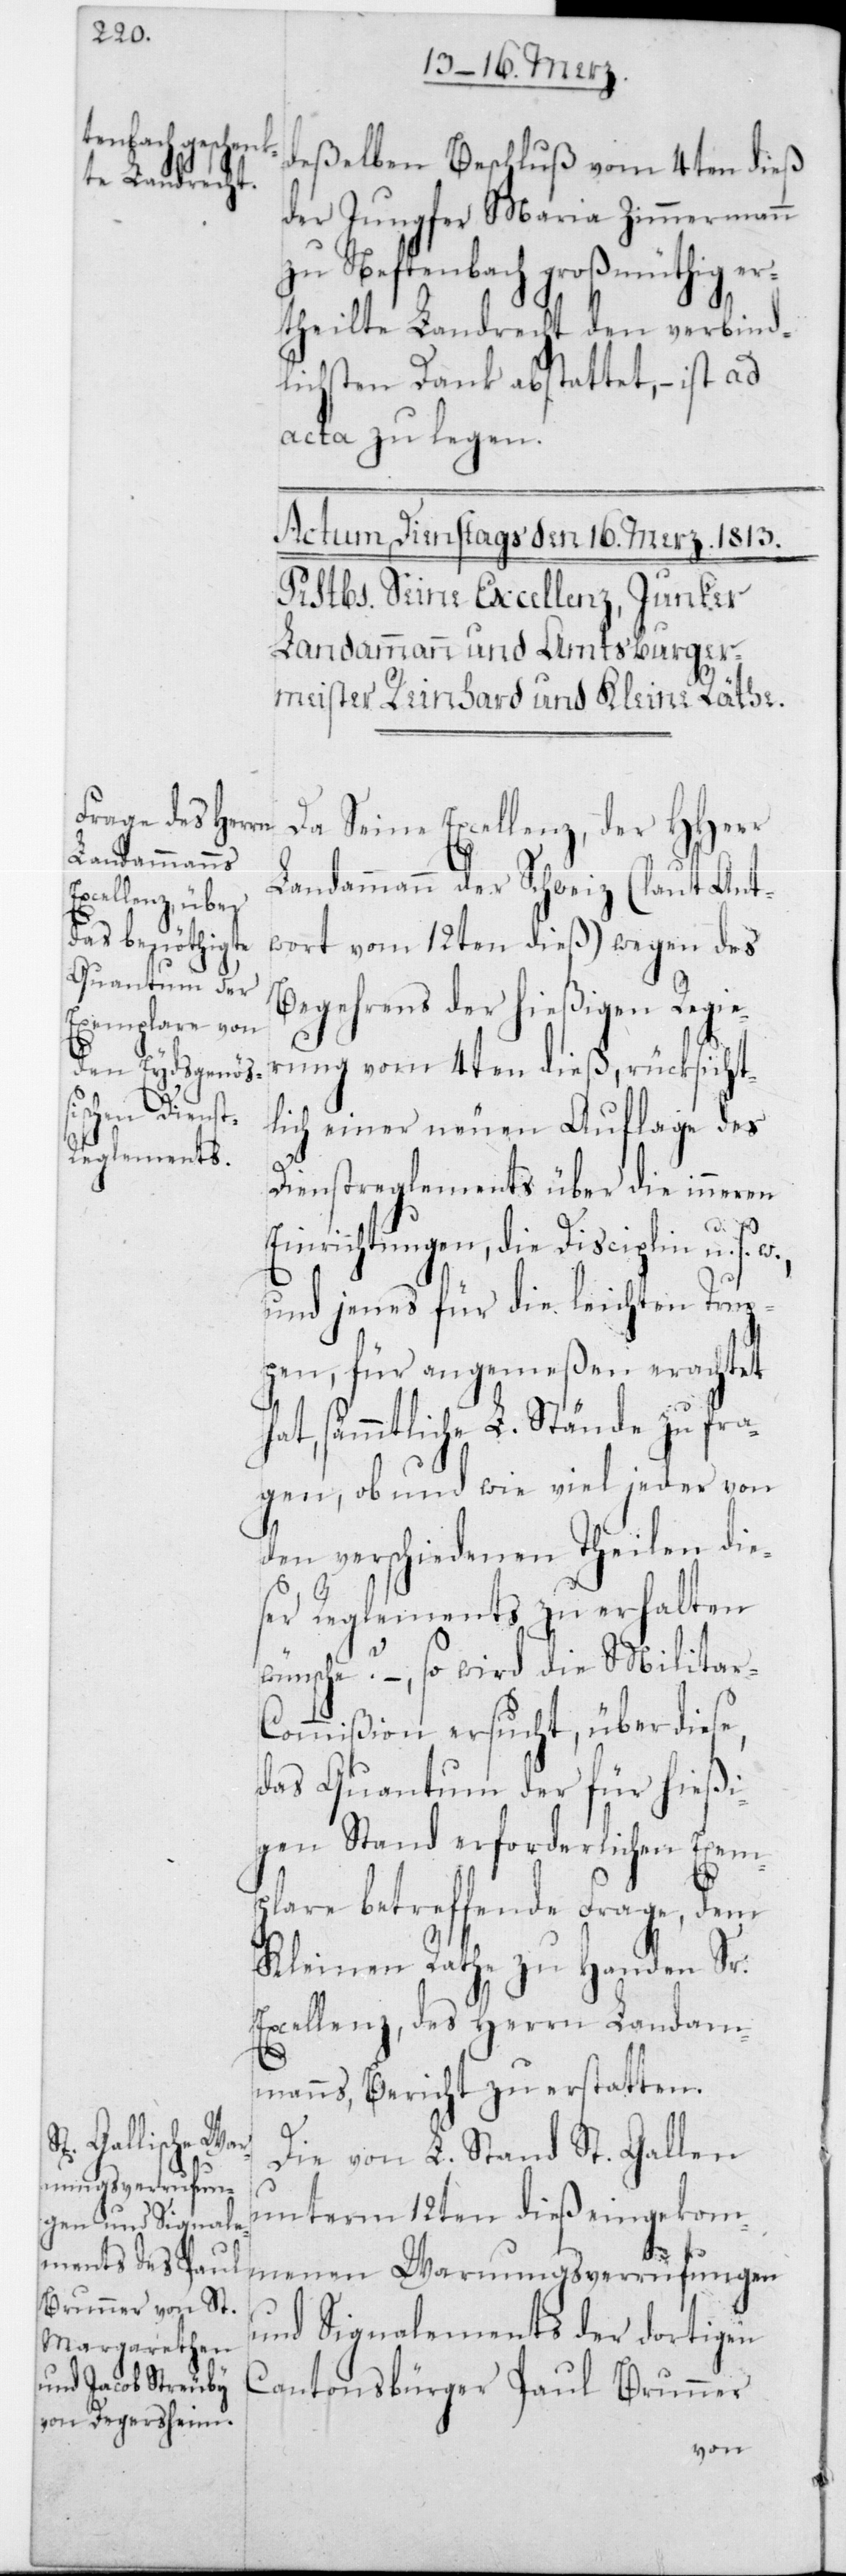
deßelben Beschluß vom 4ten dieß
der Jungfer Maria Zimmermann
zu Neftenbach großmüthig er¬
theilte Landrecht den verbind¬
lichsten Dank abstattet, – ist ad
acta zu legen.
Da Seine Excellenz, der HHerr
Landammann der Schweiz (laut Ant¬
wort vom 12ten dieß) wegen des
Begehrens der hießigen Regie¬
rung vom 4ten dieß, rücksicht¬
lich einer neuen Auflage des
Dienstreglements über die inneren
Einrichtungen, die Disciplin u. s. w.,
und jenes für die leichten Trup¬
pen, für angemeßen erachtet
hat, sämmtliche L. Stände zu fra¬
gen, ob und wie viel jeder von
den verschiedenen Theilen die¬
ser Reglements zu erhalten
wünsche? – so wird die Militar-C¬
ommißion ersucht, über diese,
das Quantum der für hießi¬
gen Stand erforderlichen Exem¬
plare betreffende Frage, dem
Kleinen Rathe zu Handen Sr.
Excellenz, des Herrn Landam¬
manns, Bericht zu erstatten.
Die von L. Stand St. Gallen
unterm 12ten dieß eingekom¬
menen Warnungsverrufungen
und Signalements der dortigen
Cantonsbürger Paul Brunner